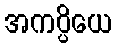
အကပ္ပိယေ